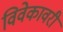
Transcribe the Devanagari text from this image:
विवेकावरी